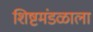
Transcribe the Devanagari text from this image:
शिष्टमंडळाला